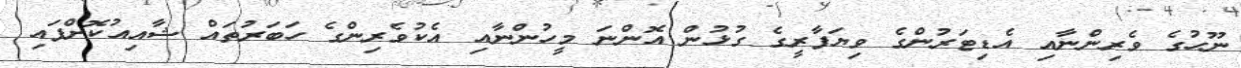
ނޫހުގެ ވެރިންނާއި އެޑިޓަރުންގެ ވިޔަފާރީގެ ގުޅުން އޮންނަ މީހުންނާއި އެކުވެރިންގެ ހަބަރުތައް ޝާއިއުކޮށްފައި